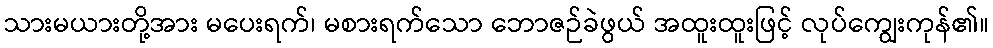
သားမယားတို့အား မပေးရက်၊ မစားရက်သော ဘောဇဉ်ခဲဖွယ် အထူးထူးဖြင့် လုပ်ကျွေးကုန်၏။